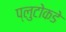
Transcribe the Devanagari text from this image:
प्लुटोकडे